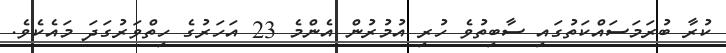
ކުރާ ބުރަމަސައްކަތުގައި ސާބިތުވެ ހުރި އުމުރުން އެންމެ 23 އަހަރުގެ ހިތްވަރުގަދަ މައެކެވެ.